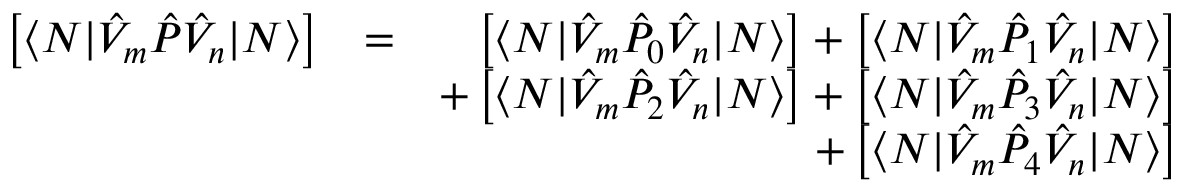
\begin{array} { r l r } { \left[ \langle N | \hat { V } _ { m } \hat { P } \hat { V } _ { n } | N \rangle \right] } & { = } & { \left[ \langle N | \hat { V } _ { m } \hat { P } _ { 0 } \hat { V } _ { n } | N \rangle \right] + \left[ \langle N | \hat { V } _ { m } \hat { P } _ { 1 } \hat { V } _ { n } | N \rangle \right] } \\ & { } & { + \left[ \langle N | \hat { V } _ { m } \hat { P } _ { 2 } \hat { V } _ { n } | N \rangle \right] + \left[ \langle N | \hat { V } _ { m } \hat { P } _ { 3 } \hat { V } _ { n } | N \rangle \right] } \\ & { } & { + \left[ \langle N | \hat { V } _ { m } \hat { P } _ { 4 } \hat { V } _ { n } | N \rangle \right] } \end{array}